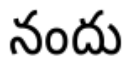
నందు